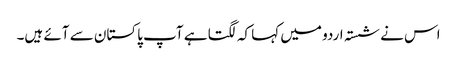
اس نے شستہ اردو میں کہا کہ لگتا ہے آپ پاکستان سے آئے ہیں۔